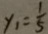
y _ { 1 } = \frac { 1 } { 5 }